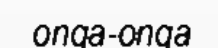
onga-onga